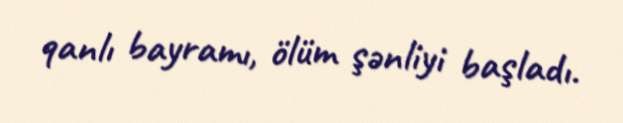
qanlı bayramı, ölüm şənliyi başladı.